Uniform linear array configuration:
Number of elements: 16
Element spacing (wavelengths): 0.5
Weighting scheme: kaiser
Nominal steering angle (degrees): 45
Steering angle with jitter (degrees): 43.234
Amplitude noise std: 0.05
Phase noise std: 0.05

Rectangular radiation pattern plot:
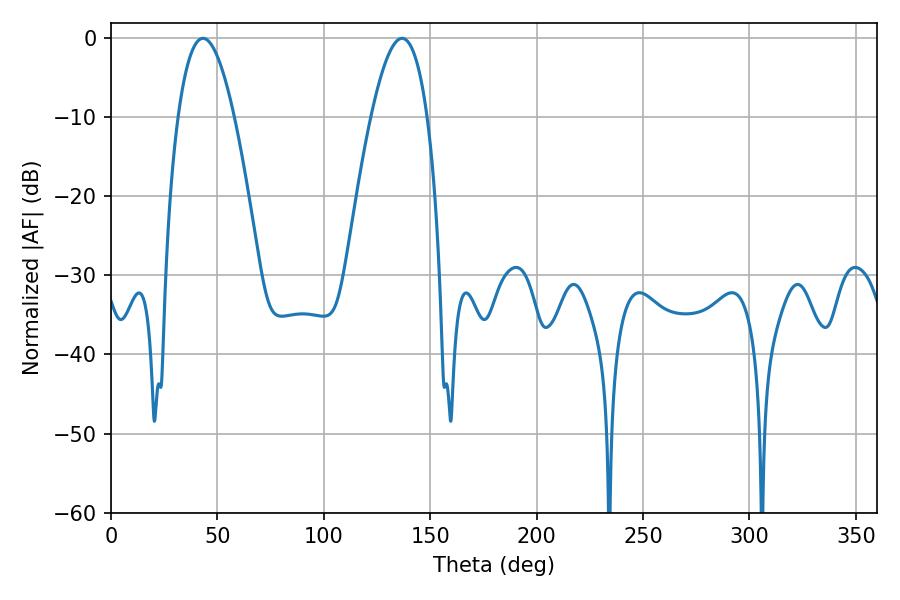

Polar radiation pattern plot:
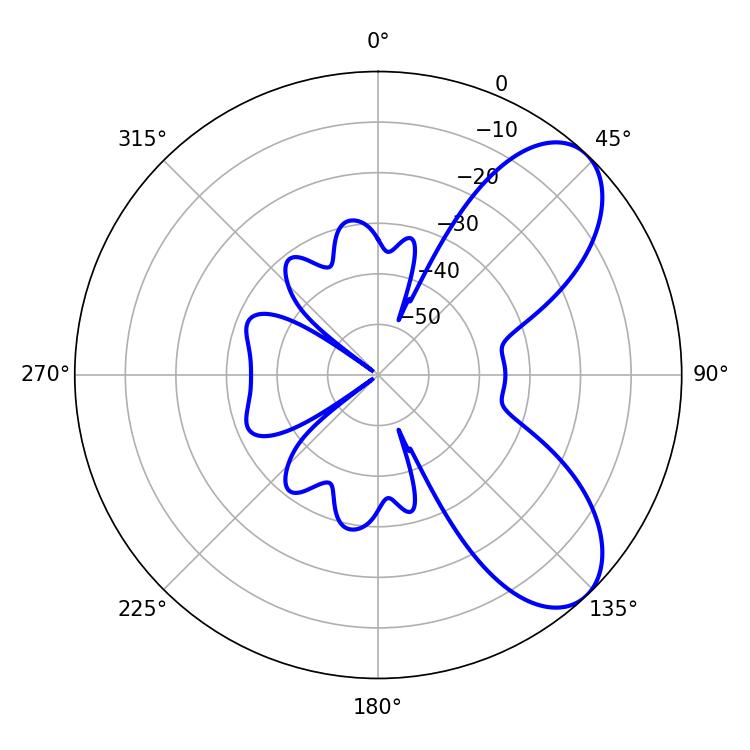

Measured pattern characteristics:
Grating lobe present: FALSE
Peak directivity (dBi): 7.265
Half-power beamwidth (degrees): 14.58
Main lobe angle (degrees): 43.2